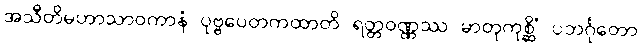
အသီတိမဟာသာဝကာနံ ပုဗ္ဗပေတကထာတိ ရတ္တဝဏ္ဏဿ မာတုကုစ္ဆိံ ပဘင်္ဂုတော